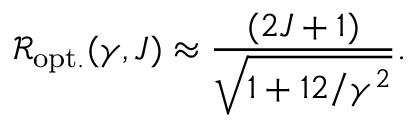
\mathcal { R } _ { \mathrm { o p t . } } ( \gamma , J ) \approx \frac { ( 2 J + 1 ) } { \sqrt { 1 + 1 2 / \gamma ^ { 2 } } } .